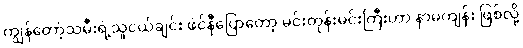
ကျွန်တော့်သမီးရဲ့သူငယ်ချင်း ဖဲင်နီပြောတော့ မင်းတုန်းမင်းကြီးဟာ နာမကျန်း ဖြစ်လို့